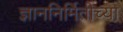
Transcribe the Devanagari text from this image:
ज्ञाननिर्मितीच्या